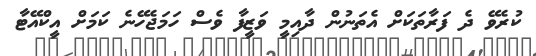
ކުރެވޭ ދެ ފަރާތަކަށް އެތަނުން ދާއިމީ ވަޒީފާ ވެސް ހަމަޖެހޭނެ ކަމަށް އީކްއޭޓާ